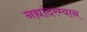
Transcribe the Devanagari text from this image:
नद्यांदरम्यान